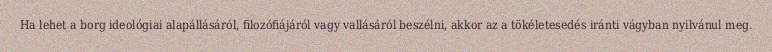
Ha lehet a borg ideológiai alapállásáról, filozófiájáról vagy vallásáról beszélni, akkor az a tökéletesedés iránti vágyban nyilvánul meg.